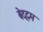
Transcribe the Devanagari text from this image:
बेद्दम